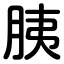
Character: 胰